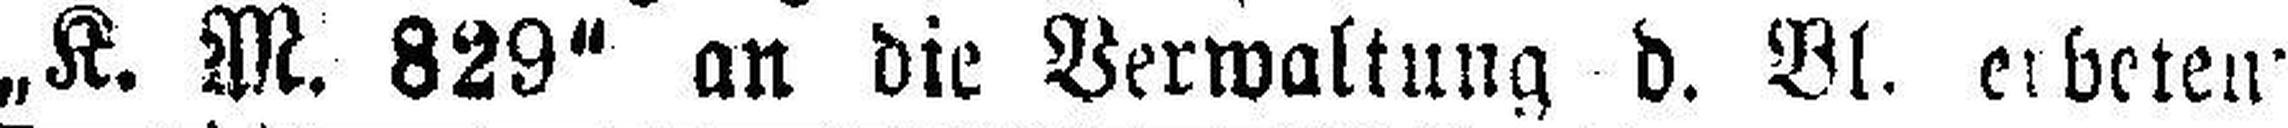
„K. M. 829“ an die Verwaltung d. Bl. erbeten